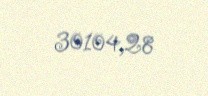
30104,28